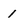
Character: 1